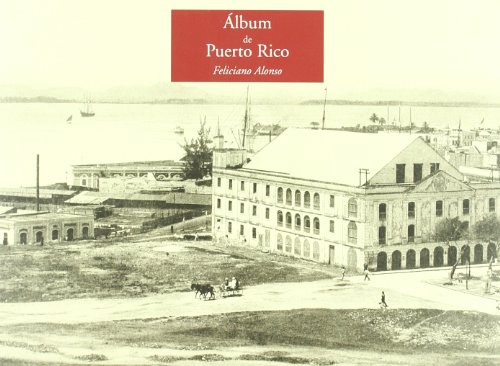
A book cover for Album de Puerto Rico/ Album of Puerto Rico (Spanish Edition); Feliciano Alonso; Travel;